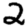
Digit: 2